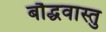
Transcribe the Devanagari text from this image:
बौद्धवास्तु